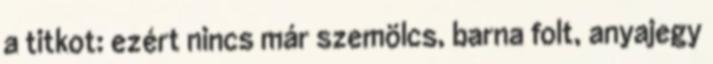
a titkot: ezért nincs már szemölcs, barna folt, anyajegy